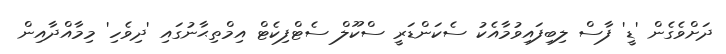
ދަށްވެގެން 'ޑީ' ފާސް ލިބިފައިވުމާއެކު ސެކަންޑަރީ ސްކޫލް ސެޓްފިކެޓް އިމްތިޙާނުގައި 'ދިވެހި' މިމާއްދާއިން